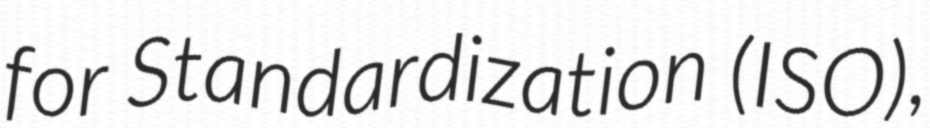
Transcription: for Standardization (ISO),